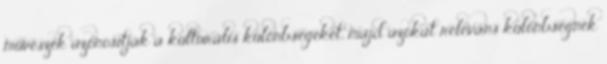
művészek azonosítják a kulturális különbségeket, majd azokat releváns különbségnek